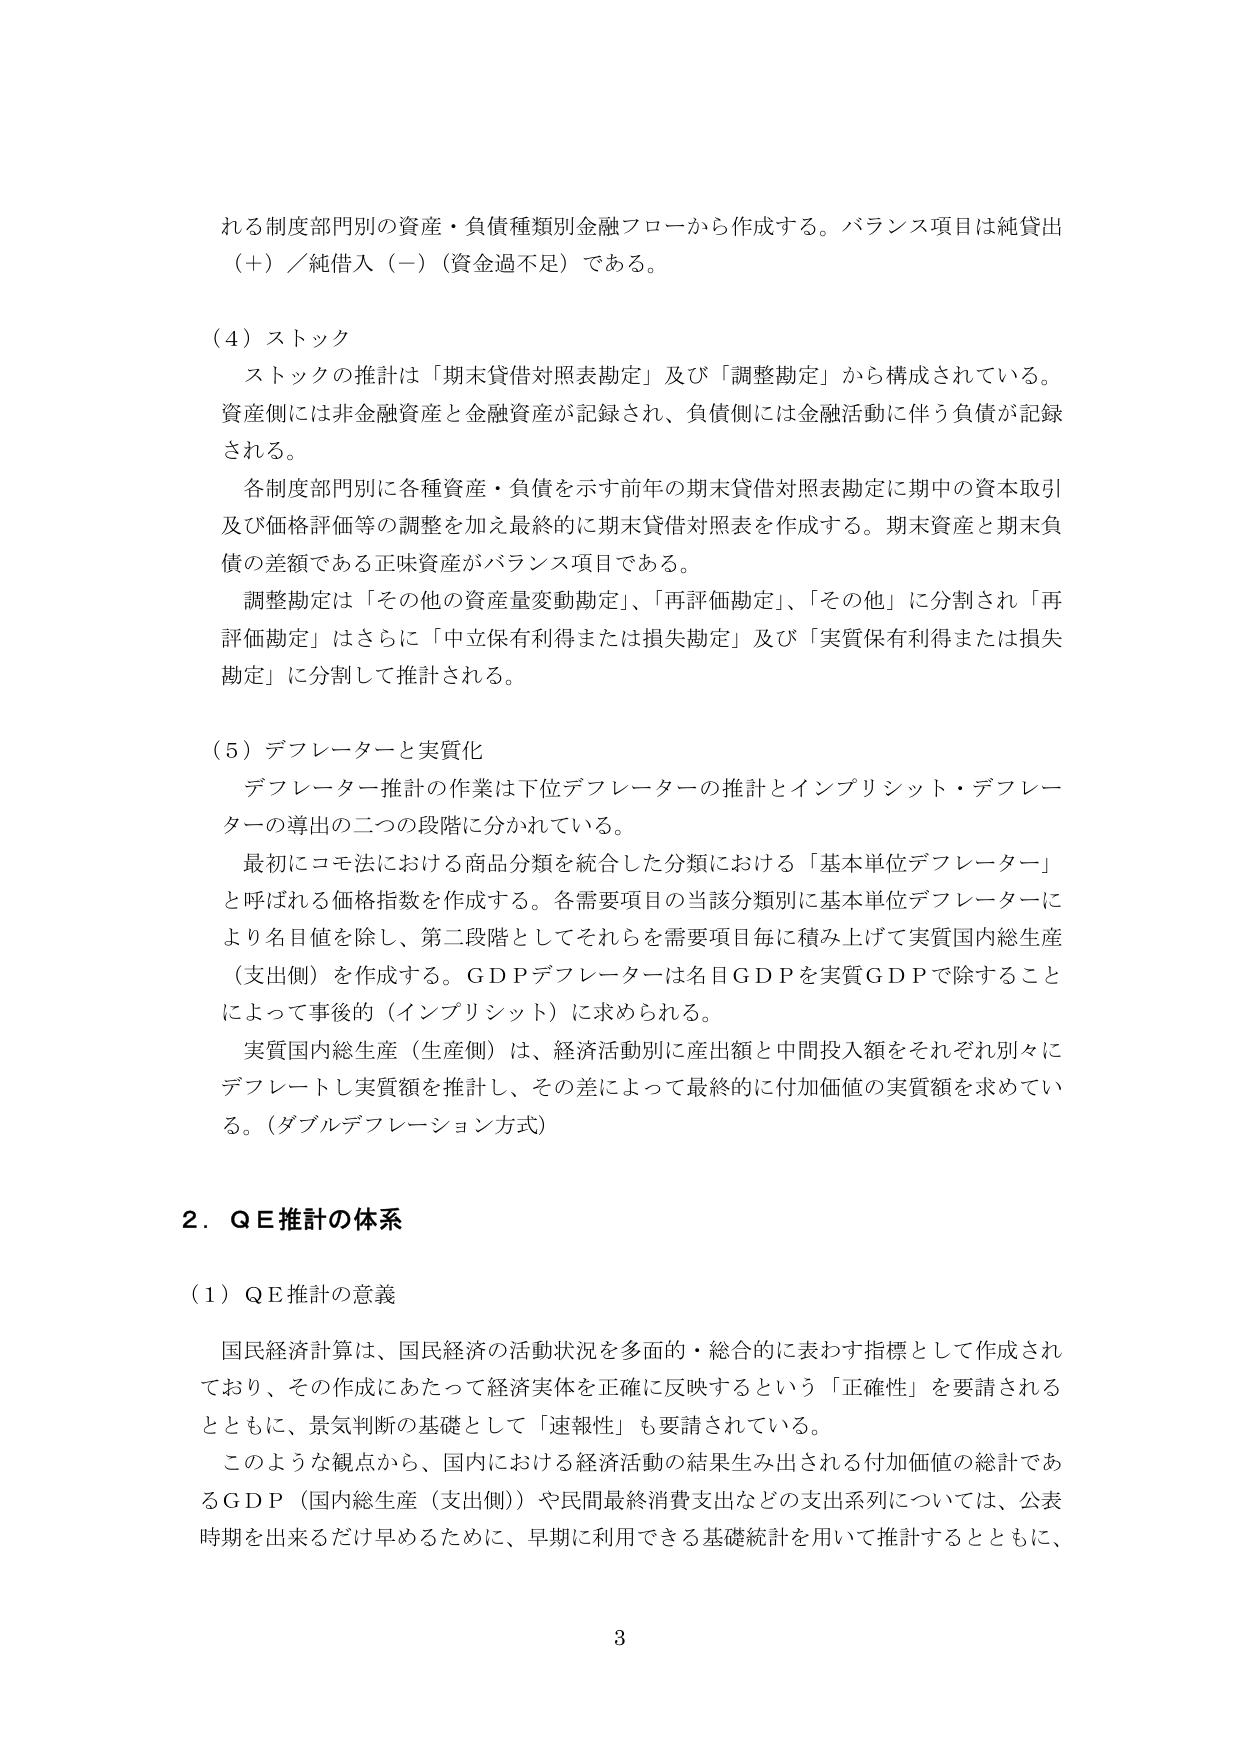
れる制度部門別の資産・負債種類別金融フローから作成する。バランス項目は純貸出（＋）／純借入（－）（資金過不足）である。

（４）ストック
　ストックの推計は「期末貸借対照表勘定」及び「調整勘定」から構成されている。資産側には非金融資産と金融資産が記録され、負債側には金融活動に伴う負債が記録される。
　各制度部門別に各種資産・負債を示す前年の期末貸借対照表勘定に期中の資本取引及び価格評価等の調整を加え最終的に期末貸借対照表を作成する。期末資産と期末負債の差額である正味資産がバランス項目である。
　調整勘定は「その他の資産量変動勘定」、「再評価勘定」、「その他」に分割され「再評価勘定」はさらに「中立保有利得または損失勘定」及び「実質保有利得または損失勘定」に分割して推計される。

（５）デフレーターと実質化
　デフレーター推計の作業は下位デフレーターの推計とインプリシット・デフレーターの導出の二つの段階に分かれている。
　最初にコモ法における商品分類を統合した分類における「基本単位デフレーター」と呼ばれる価格指数を作成する。各需要項目の当該分類別に基本単位デフレーターにより名目値を除し、第二段階としてそれらを需要項目毎に積み上げて実質国内総生産（支出側）を作成する。ＧＤＰデフレーターは名目ＧＤＰを実質ＧＤＰで除すことによって事後的（インプリシット）に求められる。
　実質国内総生産（生産側）は、経済活動別に産出額と中間投入額をそれぞれ別々にデフレートし実質額を推計し、その差によって最終的に付加価値の実質額を求めている。（ダブルデフレーション方式）

２．ＱＥ推計の体系

（１）ＱＥ推計の意義
　国民経済計算は、国民経済の活動状況を多面的・総合的に表わす指標として作成されており、その作成にあたって経済実体を正確に反映するという「正確性」を要請されるとともに、景気判断の基礎として「速報性」も要請されている。
　このような観点から、国内における経済活動の結果生み出される付加価値の総計であるＧＤＰ（国内総生産（支出側））や民間最終消費支出などの支出系列については、公表時期を出来るだけ早めるために、早期に利用できる基礎統計を用いて推計するとともに、

3